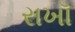
રાખૉ